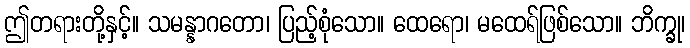
ဤတရားတို့နှင့်။ သမန္နာဂတော၊ ပြည့်စုံသော။ ထေရော၊ မထေရ်ဖြစ်သော။ ဘိက္ခု၊